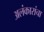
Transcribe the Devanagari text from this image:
अलंकारांचा